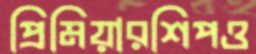
প্রিমিয়ারশিপও